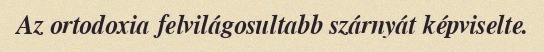
Az ortodoxia felvilágosultabb szárnyát képviselte.